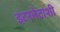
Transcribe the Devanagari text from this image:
इंटरनेटाशी